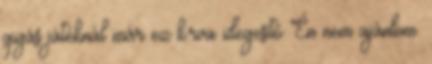
gigás játéknál már ez k.rva idegesítő Én nem ajánlom.